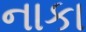
નાકા